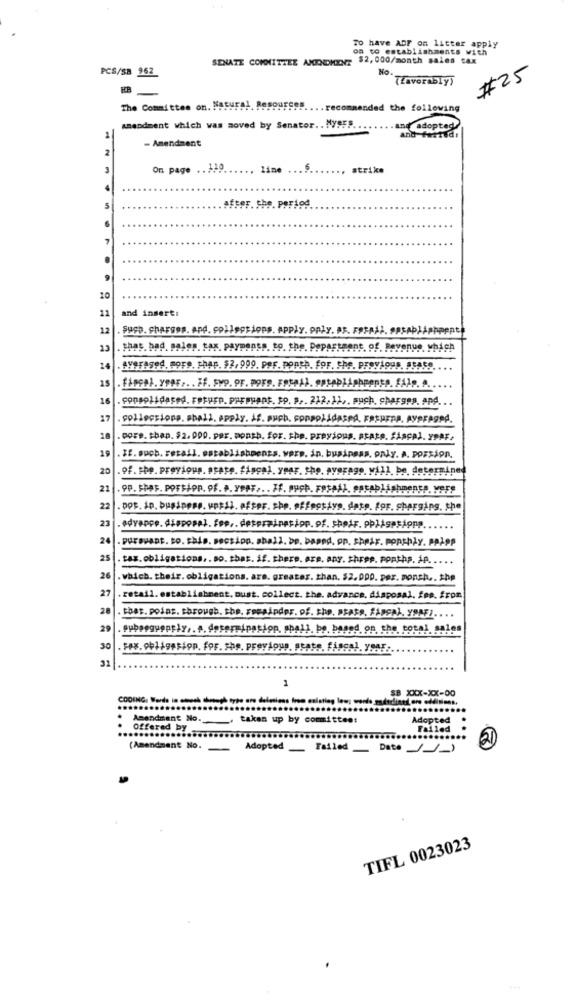
To have ADF on litter apply
on to establishments with
SENATE COMMITTEE AMENDMENT $2, 000/month sales tax
PCS/SB 962
No.
#25
(favorably)
The Committee on. Natural
nded the following
Amendment which was moved by Senator. . NySES
and adopted
1
- Amendment
and furtud!
2
On page .. 339
.. line
.6
strike
efter. the. period
5
7
9
10
11
and insert:
12
. Such. charges. and. collections. Apply. only. as. FRFAAL. PRSADIAPE
13
. that. bad. sales. tax. Payments. to. the. Popartsont, of, Revenue, which
14
averaged. sors. then. $2, 999. per. ponth. for. the. previous, atAse
15
16
. consolidated. Foture. Persuant. to. .. 212.11 ,. such, charges, and.
17
.collections. shall. apply. As. puch. sonpolidased, FREHEPA, AVOFASPA.
18
.pore. than. $2.000. per. month. for. the. previous. stats. fiscal. yPRF.
19
.TE. ouch. retail. establishments. vers. in, business, only. A. porsjon.
20
.of. the. previous. state. fiscal. year. the. average, will be determined
21
.9P. that. Portion. of. .. yPer .. . Ff. auch. FPtAil. PatAblishments. vers
22
. pot. in. business. upsSl. efter. she. effective. date. for. charging, the
23
.advappe. disposal. fee .. determination. of. their. pblisations.
24 .pursuant. to. shis. section. shall. be. based, pp. Sheår. Popthly. PALop
25
.tax. obligations .. so. that. if. there. are. any. three. ponths. je ..
26
. which. their. obligations. are. greater. than, $2. 000. per. monsh .. $hp
27
.retail. establishment. must. collect. the. advance, disposal, fee. from
28
that. poins. through. the. secainder. of. the. DSats, Fiscal. yoAF) ....
29
30
. Sex. obligesion. for. she. previous, stats, fiscal, ySE-
31
1
SB XXX-XX-00
.
Amendment No. , taken up by committee:
Adopted
Offered by
Failed
(Amendment No.
Adopted Failed Dato/1)
TIFL 0023023